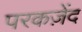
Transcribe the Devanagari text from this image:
परकज़ेंद